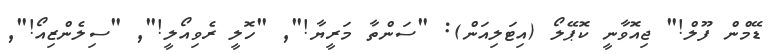
ޑޭމްން ފޫލް!" ޖިއޮވާނީ ކޮޕޭލޯ (އިޓަލިއަން): "ސަންތާ މަރީޔާ!"